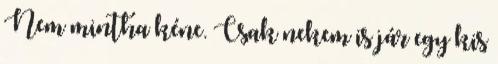
Nem mintha kéne. Csak nekem is jár egy kis